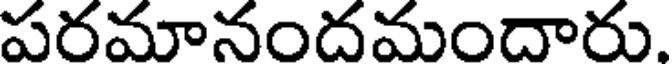
పరమానందమందారు.